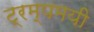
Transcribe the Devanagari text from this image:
ट्रम्पमयी